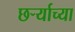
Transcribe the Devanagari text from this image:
छर्ऱ्याच्या